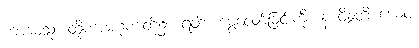
ကာမေသု၊ ထိုကာမဂုဏ်တို့၌။ ရတိံ၊ မွေ့လျော်ခြင်းကို။ န ဝိန္ဒတိ ယေဝ၊